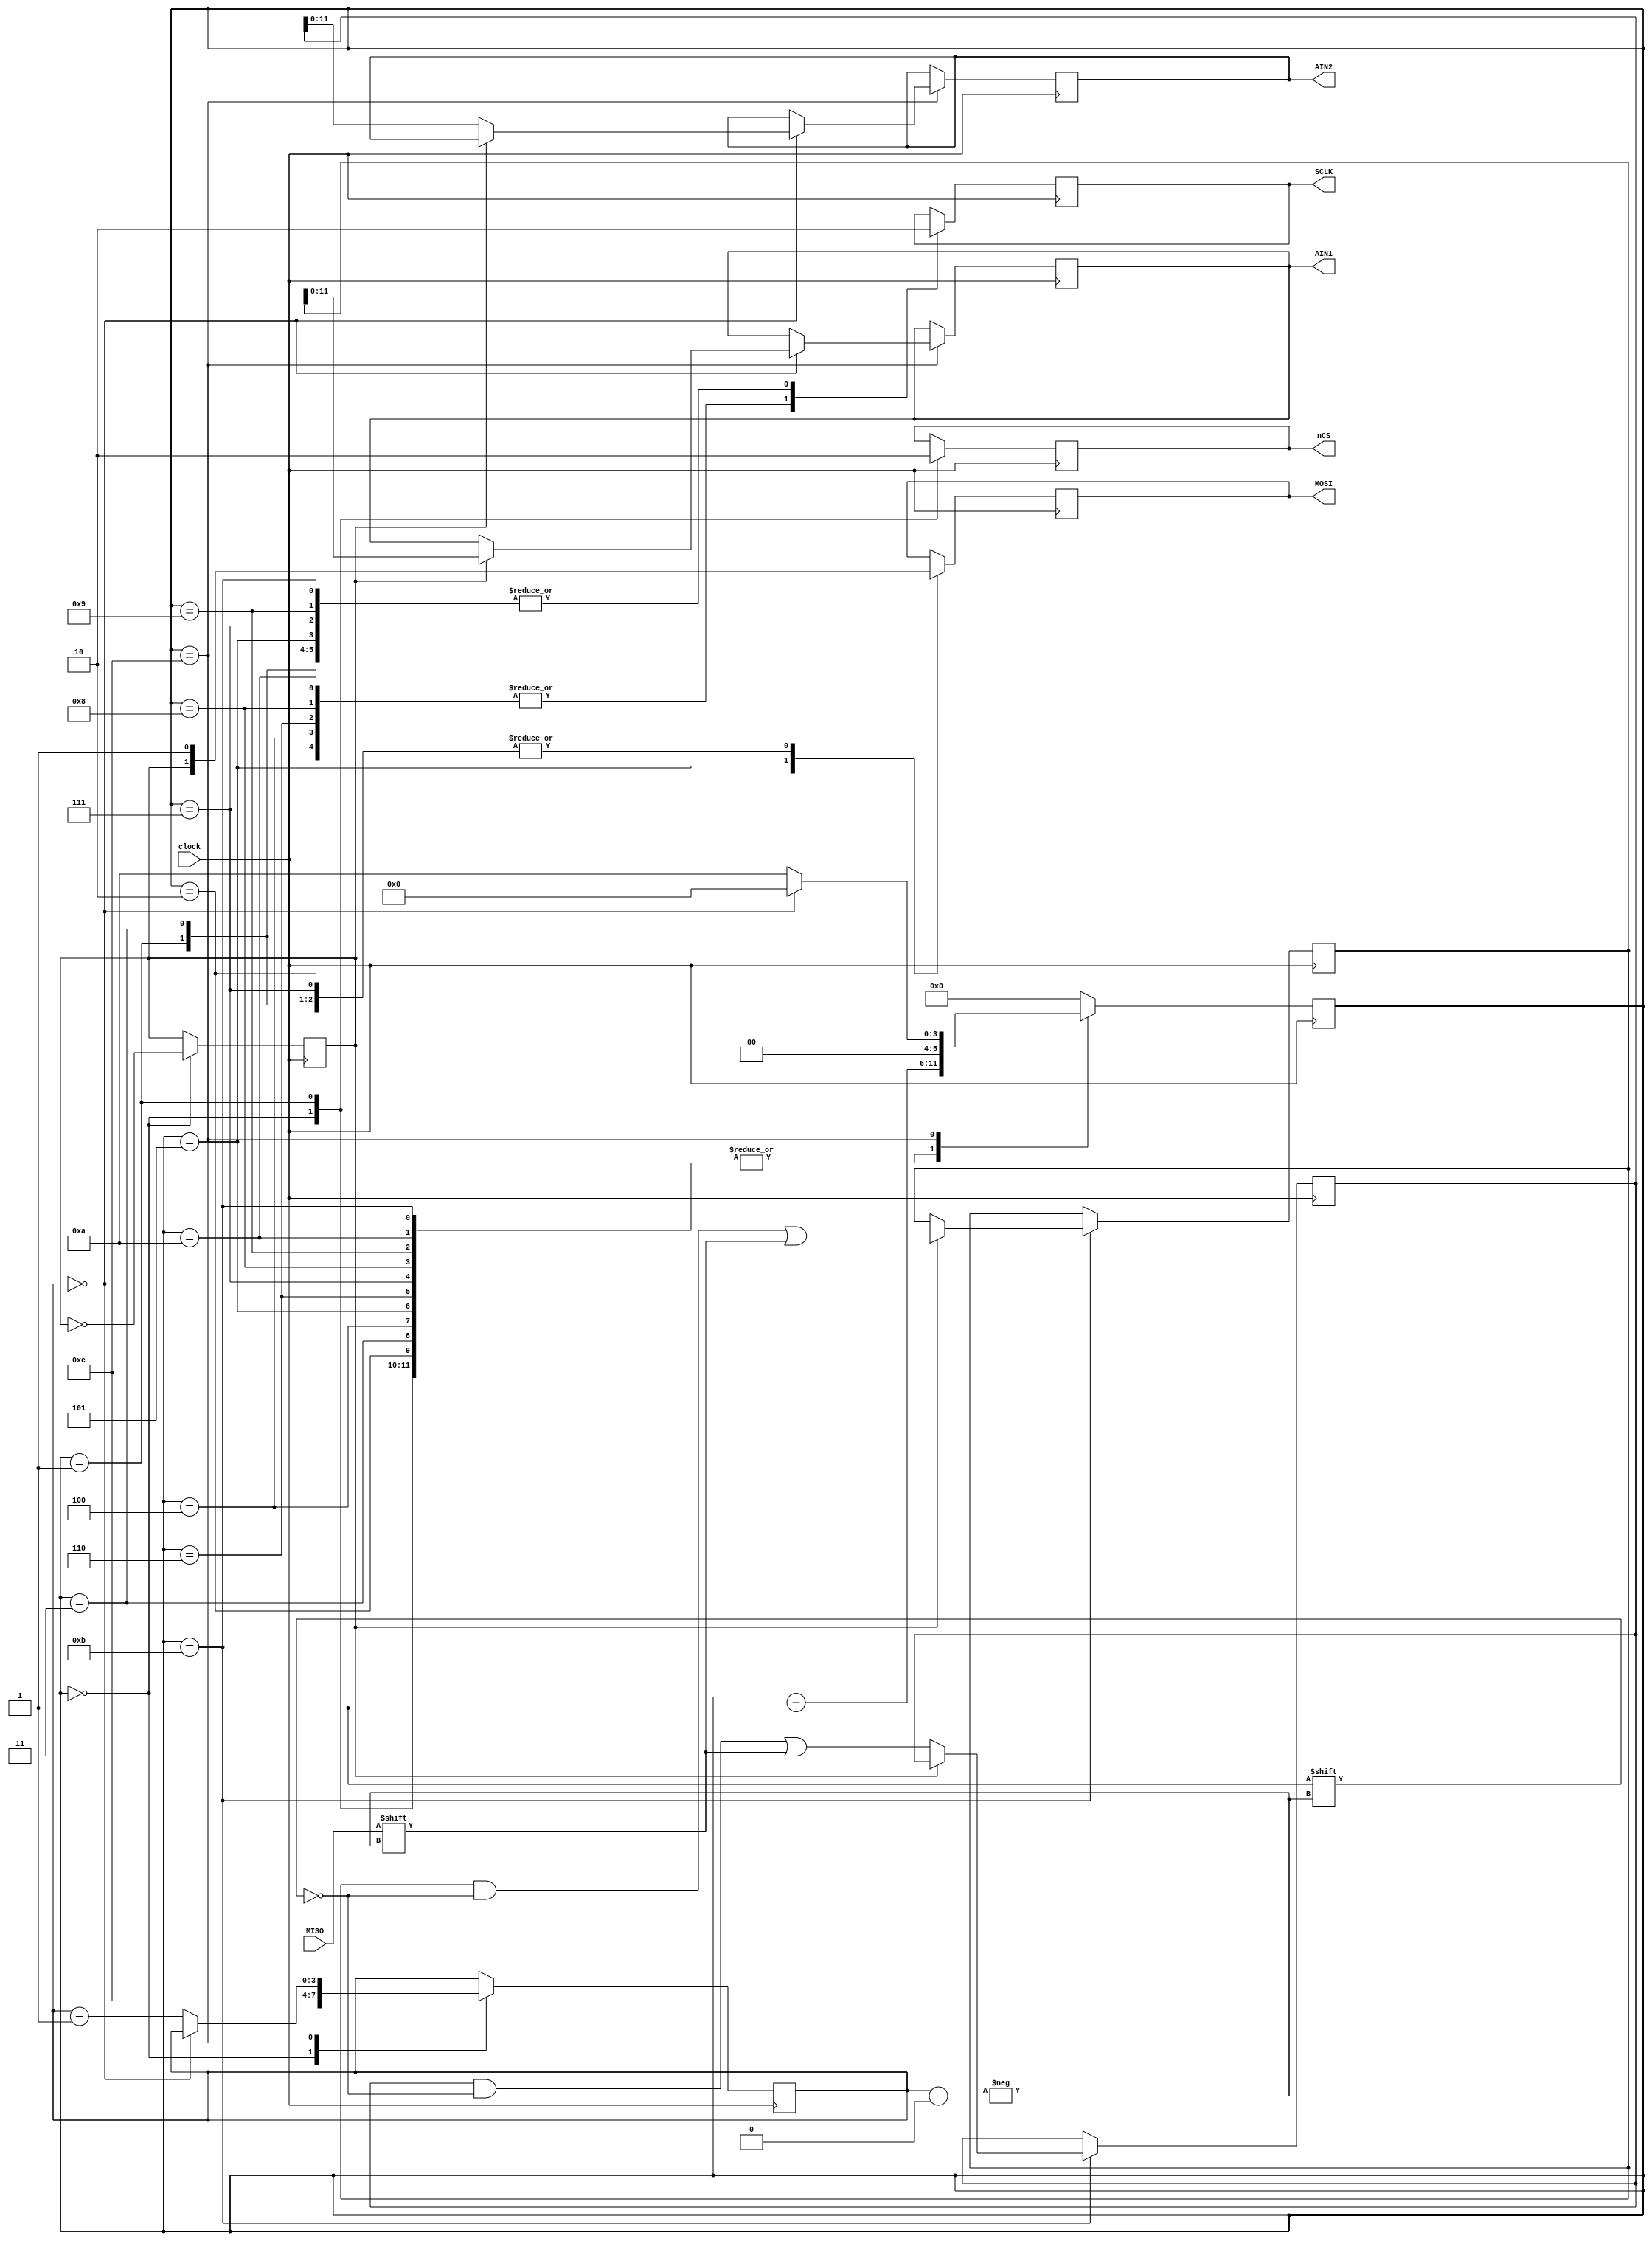
//  David Fainitski N7DDC
//  for Odyssey-2 project
//  MCP3202 control
// CS/ --|_____________________________________________________________________________________________________|--------
// CLK --|__|--|__|--|__|--|__|--|__|--|__|--|__|--|__|--|__|--|__|--|__|--|__|--|__|--|__|--|__|--|__|--|__|--|__|--
// DIN      1     1     CH    1  ---------------------------------
// DOUT  ---------------------------0     B11   B10    B9   B8    B7    B6    B5    B4    B3    B2    B1    B0

module Angelia_ADC(clock, SCLK, nCS, MISO, MOSI, AIN1, AIN2);

input  wire       clock;
output reg        SCLK;
output reg        nCS;
input  wire       MISO;
output reg        MOSI;
output reg [11:0] AIN1; // 
output reg [11:0] AIN2; // 


reg   [5:0] ADC_state = 1'd0;
reg   [3:0] bit_cnt;
reg  [12:0] temp_1;	
reg  [12:0] temp_2;
reg CH = 0;


// NOTE: this code generates the SCLK clock for the ADC
always @ (posedge clock)
begin
  case (ADC_state)
  0:
	begin
    nCS <= 1;          // set nCS high
    bit_cnt <= 4'd12;         // set bit counter
	 CH <= ~CH;
    ADC_state <= ADC_state + 1'd1;
	end
	
  1:
	begin
    nCS  <= 0;             		// select ADC
	 SCLK <= 0;
    MOSI      <= 1; // START bit
    ADC_state <= ADC_state + 1'd1;
	end
	
  2:
	begin
    SCLK      <= 1;          // SCLK high
    ADC_state <= ADC_state + 1'd1;
	end
	
  3:
	begin
    SCLK      <= 0;          // SCLK low
	 MOSI      <= 1; // SGL/DIFF bit
    ADC_state <= ADC_state + 1'd1;
	end

   4:
	begin
    SCLK      <= 1;          // SCLK high
    ADC_state <= ADC_state + 1'd1;
	end
	
  5:
	begin
    SCLK      <= 0;          // SCLK low
	 MOSI <= CH; // Channel select
    ADC_state <= ADC_state + 1'd1;
	end
	
	6:
	begin
    SCLK      <= 1;          // SCLK high
    ADC_state <= ADC_state + 1'd1;
	end
	
  7:
	begin
    SCLK      <= 0;          // SCLK low
	 MOSI <= 1; // MSBF bit
    ADC_state <= ADC_state + 1'd1;
	end
	
	 8:
	begin
    SCLK      <= 1;          // SCLK high
    ADC_state <= ADC_state + 1'd1;
	end
	
  9:
	begin
    SCLK      <= 0;          // SCLK low
    ADC_state <= ADC_state + 1'd1;
	end
	
	10:
	begin
    SCLK      <= 1;          // SCLK high
    ADC_state <= ADC_state + 1'd1;
	end
	
	11:
	begin
	 if(CH) temp_1[bit_cnt] <= MISO; else temp_2[bit_cnt] <= MISO;
    SCLK      <= 0;          // SCLK low
	 ADC_state <= ADC_state + 1'd1;
	end 
	
  12:
    if(bit_cnt == 0) 
	 begin 
	   if(CH) AIN1 <= temp_1[11:0]; else AIN2 <= temp_2[11:0];
		ADC_state <= 1'd0;
	 end	
	 else
	 begin 
	   bit_cnt <= bit_cnt - 1'd1;
      ADC_state <= 6'd10;
	 end

  default:
    ADC_state <= 0;
  endcase
end 



endmodule